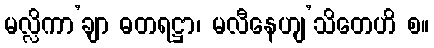
မလ္လိကာ’ချာ ဓတရဋ္ဌာ၊ မလီနေဟျ’သိတေဟိ စ။